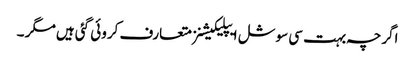
اگرچہ بہت سی سوشل ایپلیکیشنز متعارف کروئی گئی ہیں مگر ۔